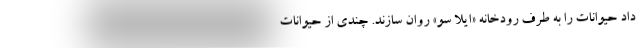
داد حیوانات را به طرف رودخانه «ایلا سو» روان سازند. چندی از حیوانات